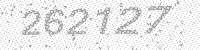
Solution: 262127